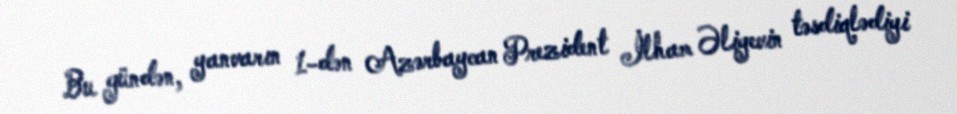
Bu gündən, yanvarın 1-dən Azərbaycan Prezident İlham Əliyevin təsdiqlədiyi